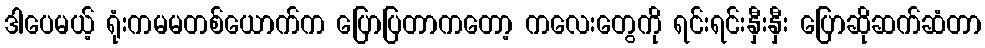
ဒါပေမယ့် ရုံးကမမတစ်ယောက်က ပြောပြတာကတော့ ကလေးတွေကို ရင်းရင်းနှီးနှီး ပြောဆိုဆက်ဆံတာ